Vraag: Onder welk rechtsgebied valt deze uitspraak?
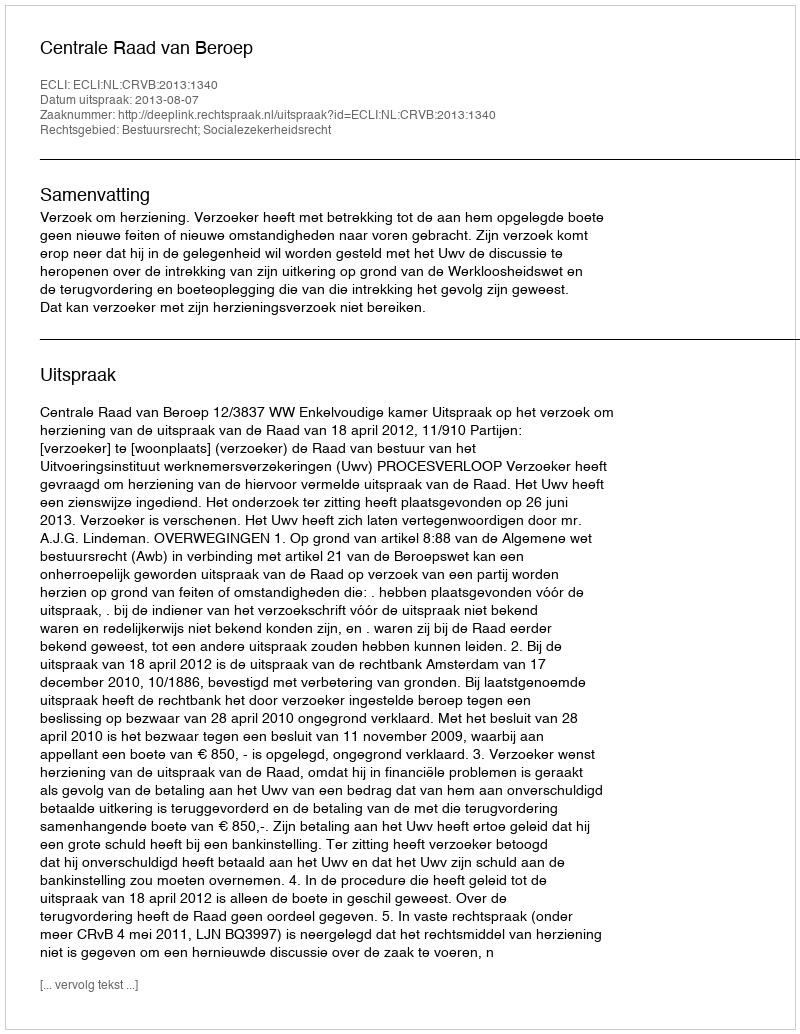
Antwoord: Bestuursrecht; Socialezekerheidsrecht